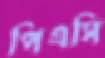
পিএসি